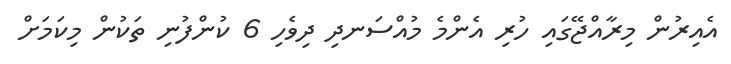
އެއިރުން މިރާއްޖޭގައި ހުރި އެންމެ މުއްސަނދި ދިވެހި 6 ކުންފުނި ތަކުން މިކަމަށް